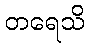
တရေသိ